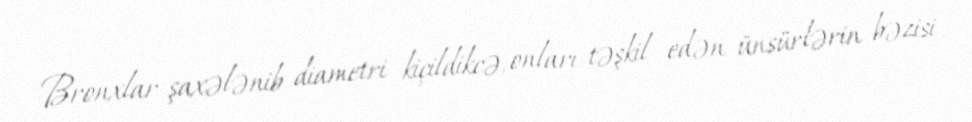
Bronxlar şaxələnib diametri kiçildikcə, onları təşkil edən ünsürlərin bəzisi